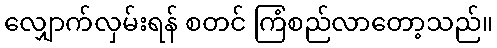
လျှောက်လှမ်းရန် စတင် ကြံစည်လာတော့သည်။